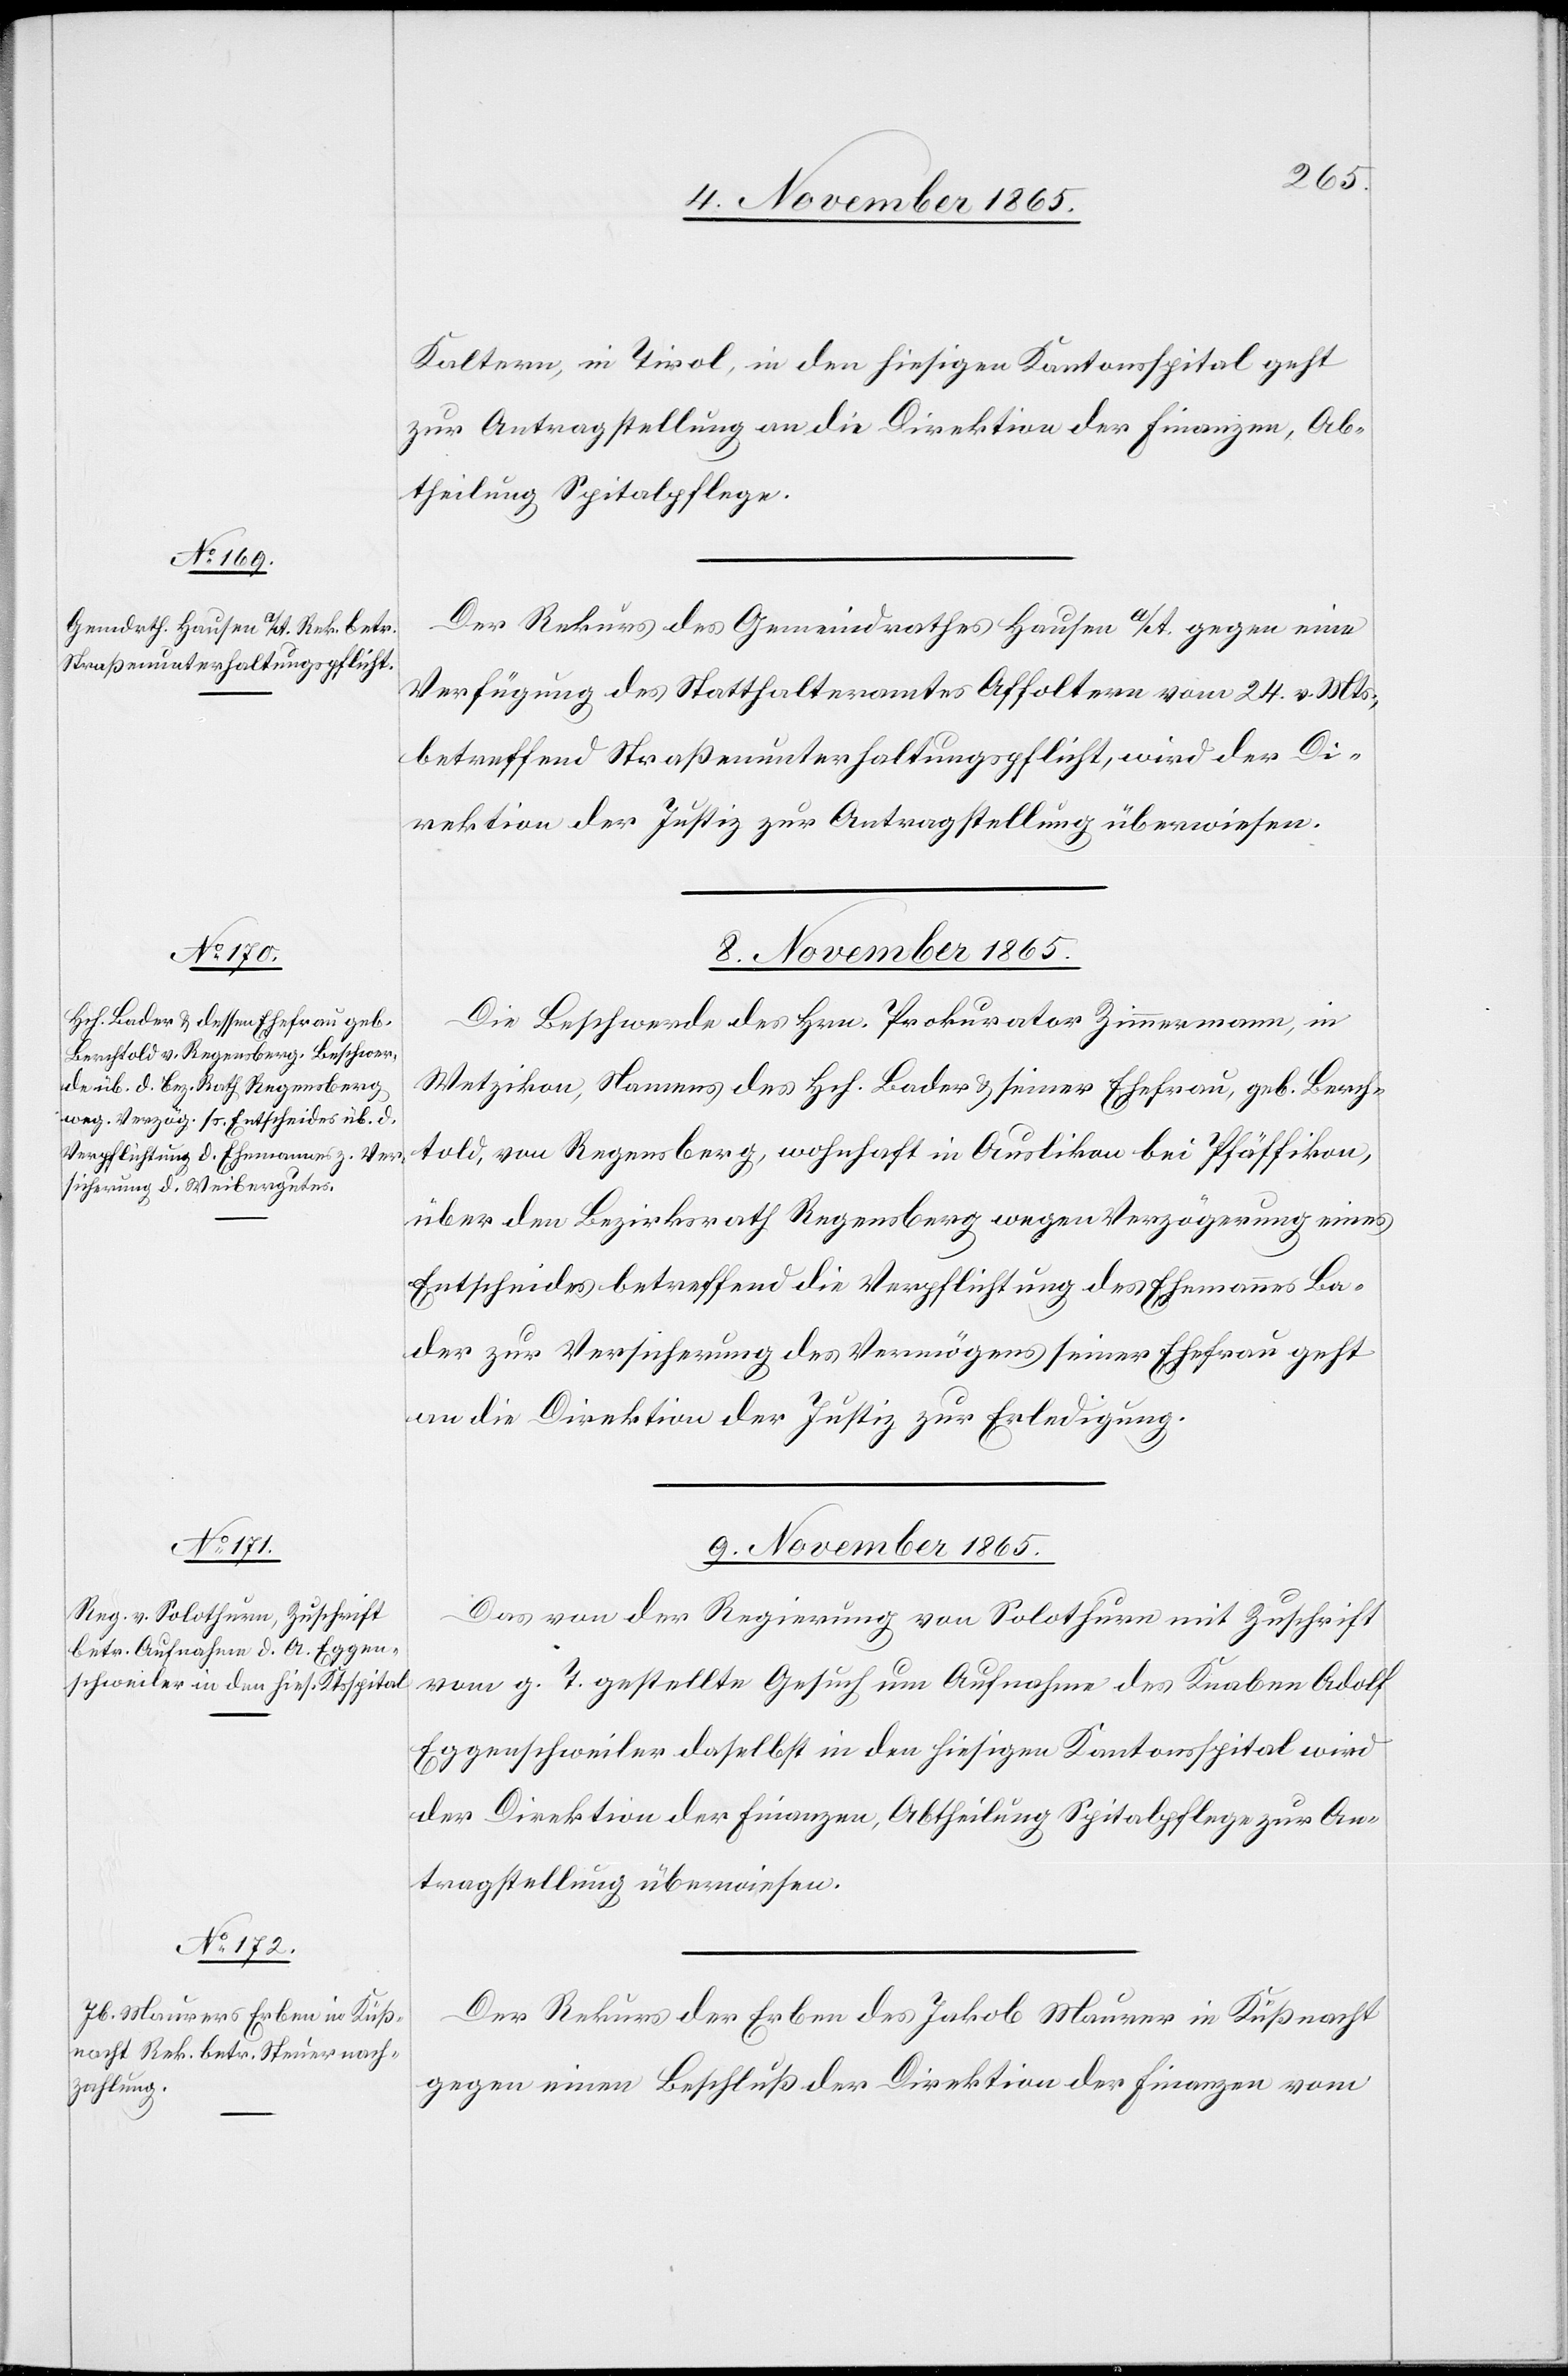
9. November 1865.]
Kaltern [sic!], in Tirol, in den hiesigen Kantonsspital geht
zur Antragstellung an die Direktion der Finanzen, Ab¬
theilung Spitalpflege.
Der Rekurs des Gemeindrathes Hausen a/A. gegen eine
Verfügung des Statthalteramtes Affoltern vom 24. v. Mts.,
betreffend Straßenunterhaltungspflicht, wird der Di¬
rektion der Justiz zur Antragstellung überwiesen.
8. November 1865.
Die Beschwerde des Hrn. Prokurator Zimmermann, in
Wetzikon, Namens des Hch. Bader & seiner Ehefrau, geb. Berch¬
told, von Regensberg, wohnhaft in Auslikon bei Pfäffikon,
über den Bezirksrath Regensberg wegen Verzögerung eines
Entscheides betreffend die Verpflichtung des Ehemanns Ba¬
der zur Versicherung des Vermögens seiner Ehefrau geht
an die Direktion der Justiz zur Erledigung.
Das von der Regierung von Solothurn mit Zuschrift
vom h. T. gestellte Gesuch um Aufnahme des Knaben Adolf
Eggenschweiler daselbst in den hiesigen Kantonsspital wird
der Direktion der Finanzen, Abtheilung Spitalpflege zur An¬
tragstellung überwiesen.
Der Rekurs der Erben des Jakob Maurer in Küßnacht
gegen einen Beschluß der Direktion der Finanzen vom